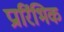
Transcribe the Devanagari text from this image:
प्रारिंभिक